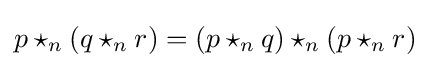
p\star _{n}(q\star _{n}r)=(p\star _{n}q)\star _{n}(p\star _{n}r)